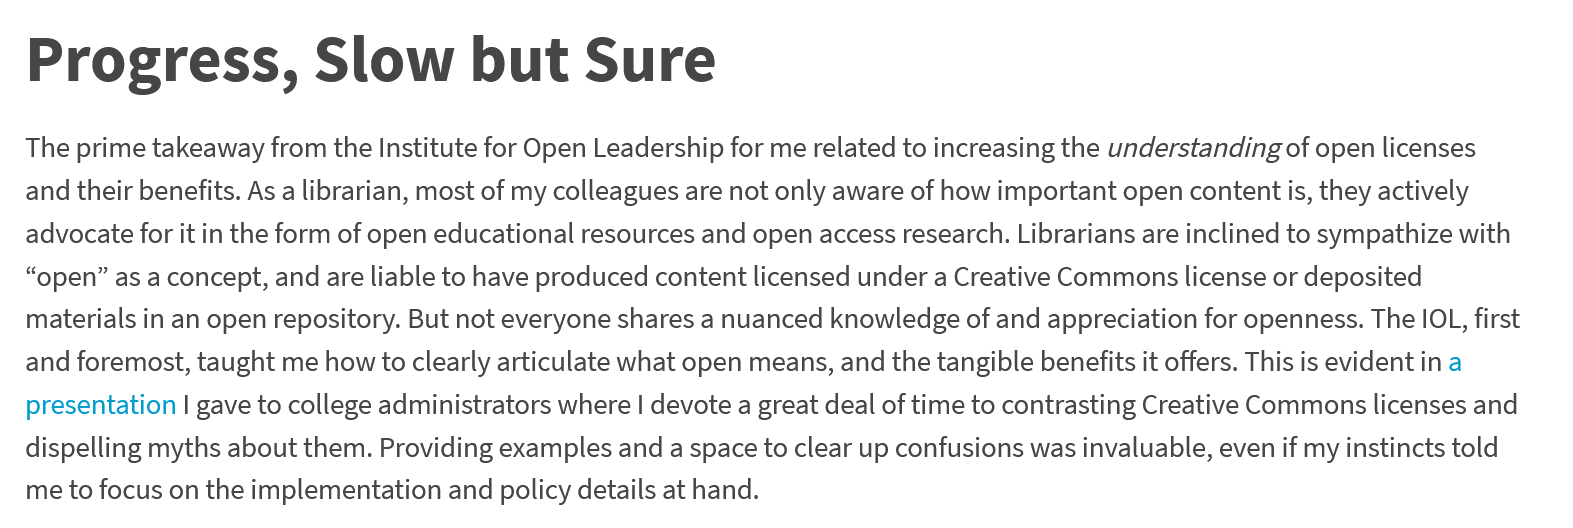
Progress,    Slow    but    Sure
  The prime takeaway from the Institute for Open Leadership for me related to increasing the understanding of open licenses
  and their benefits. As a librarian, most of my colleagues are not only aware of how important open content is, they actively
  advocate for it in the form of open educational resources and open access research. Librarians are inclined to sympathize with
  “open” as a concept, and are liable to have produced content licensed under a Creative Commons license or deposited
  materials in an open repository. But not everyone shares a nuanced knowledge of and appreciation for openness. The IOL, first
  and foremost, taught me how to clearly articulate what open means, and the tangible benefits it offers. This is evident in a
  presentation I gave to college administrators where | devote a great deal of time to contrasting Creative Commons licenses and
  dispelling myths about them. Providing examples and a space to clear up confusions was invaluable, even if my instincts told
  me to focus on the implementation and policy details at hand.